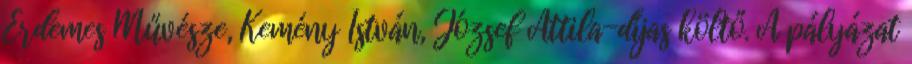
Érdemes Művésze, Kemény István, József Attila-díjas költő. A pályázat